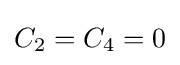
C_{2}=C_{4}=0